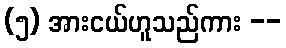
(၅) အားငယ်ဟူသည်ကား --